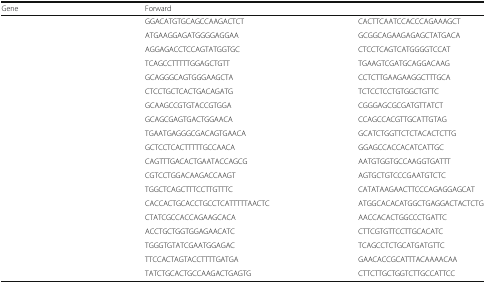
<table><thead><tr><td><b>Gene</b></td><td><b>Forward</b></td><td>[EMPTY_CELL]</td></tr></thead><tbody><tr><td>[EMPTY_CELL]</td><td>GGACATGTGCAGCCAAGACTCT</td><td>CACTTCAATCCACCCAGAAAGCT</td></tr><tr><td>[EMPTY_CELL]</td><td>ATGAAGGAGATGGGGAGGAA</td><td>GCGGCAGAAGAGAGCTATGACA</td></tr><tr><td>[EMPTY_CELL]</td><td>AGGAGACCTCCAGTATGGTGC</td><td>CTCCTCAGTCATGGGGTCCAT</td></tr><tr><td>[EMPTY_CELL]</td><td>TCAGCCTTTTTGGAGCTGTT</td><td>TGAAGTCGATGCAGGACAAG</td></tr><tr><td>[EMPTY_CELL]</td><td>GCAGGGCAGTGGGAAGCTA</td><td>CCTCTTGAAGAAGGCTTTGCA</td></tr><tr><td>[EMPTY_CELL]</td><td>CTCCTGCTCACTGACAGATG</td><td>TCTCCTCCTGTGGCTGTTC</td></tr><tr><td>[EMPTY_CELL]</td><td>GCAAGCCGTGTACCGTGGA</td><td>CGGGAGCGCGATGTTATCT</td></tr><tr><td>[EMPTY_CELL]</td><td>GCAGCGAGTGACTGGAACA</td><td>CCAGCCACGTTGCATTGTAG</td></tr><tr><td>[EMPTY_CELL]</td><td>TGAATGAGGGCGACAGTGAACA</td><td>GCATCTGGTTCTCTACACTCTTG</td></tr><tr><td>[EMPTY_CELL]</td><td>GCTCCTCACTTTTTGCCAACA</td><td>GGAGCCACCACATCATTGC</td></tr><tr><td>[EMPTY_CELL]</td><td>CAGTTTGACACTGAATACCAGCG</td><td>AATGTGGTGCCAAGGTGATTT</td></tr><tr><td>[EMPTY_CELL]</td><td>CGTCCTGGACAAGACCAAGT</td><td>AGTGCTGTCCCGAATGTCTC</td></tr><tr><td>[EMPTY_CELL]</td><td>TGGCTCAGCTTTCCTTGTTTC</td><td>CATATAAGAACTTCCCAGAGGAGCAT</td></tr><tr><td>[EMPTY_CELL]</td><td>CACCACTGCACCTGCCTCATTTTTAACTC</td><td>ATGGCACACATGGCTGAGGACTACTCTG</td></tr><tr><td>[EMPTY_CELL]</td><td>CTATCGCCACCAGAAGCACA</td><td>AACCACACTGGCCCTGATTC</td></tr><tr><td>[EMPTY_CELL]</td><td>ACCTGCTGGTGGAGAACATC</td><td>CTTCGTGTTCCTTGCACATC</td></tr><tr><td>[EMPTY_CELL]</td><td>TGGGTGTATCGAATGGAGAC</td><td>TCAGCCTCTGCATGATGTTC</td></tr><tr><td>[EMPTY_CELL]</td><td>TTCCACTAGTACCTTTTGATGA</td><td>GAACACCGCATTTACAAAACAA</td></tr><tr><td>[EMPTY_CELL]</td><td>TATCTGCACTGCCAAGACTGAGTG</td><td>CTTCTTGCTGGTCTTGCCATTCC</td></tr></tbody></table>